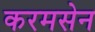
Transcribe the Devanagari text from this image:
करमसेन